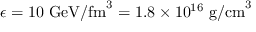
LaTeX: \epsilon = 1 0 ~ { \mathrm { G e V / f m } } ^ { 3 } = 1 . 8 \times 1 0 ^ { 1 6 } ~ { \mathrm { g / c m } } ^ { 3 }